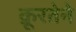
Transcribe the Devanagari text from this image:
क्रूरतेने